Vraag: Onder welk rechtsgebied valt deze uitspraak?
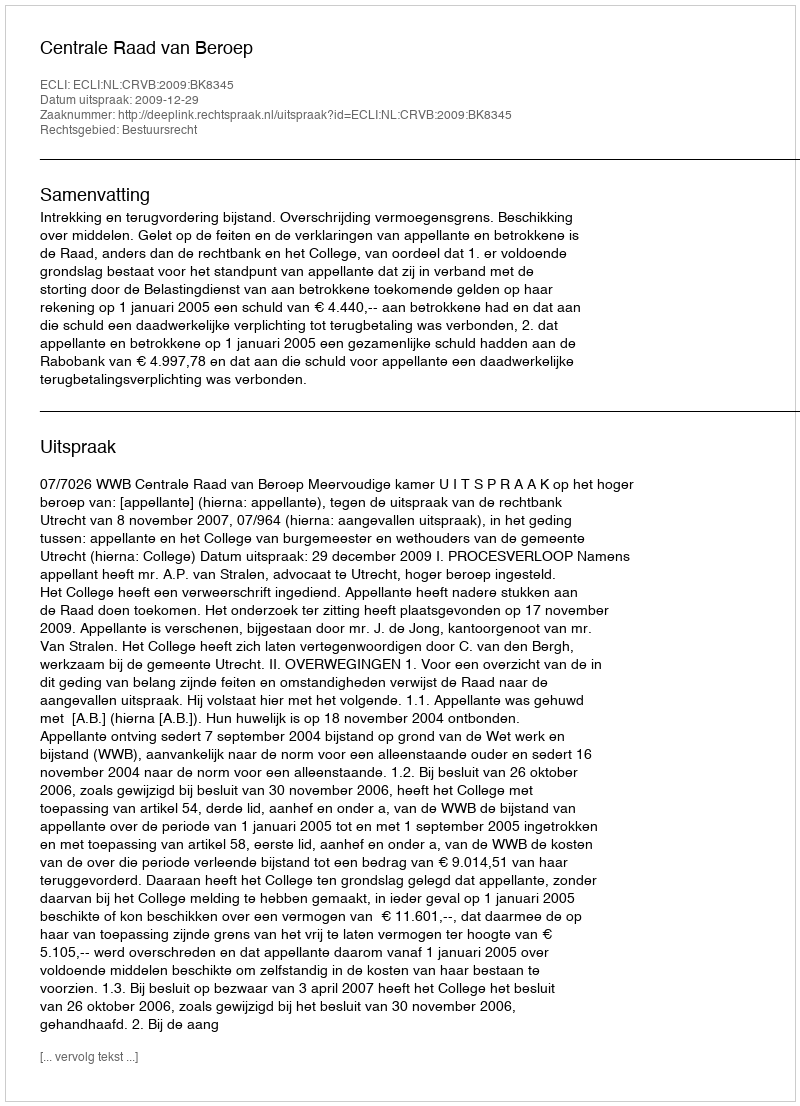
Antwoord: Bestuursrecht